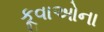
કૂવાઓના